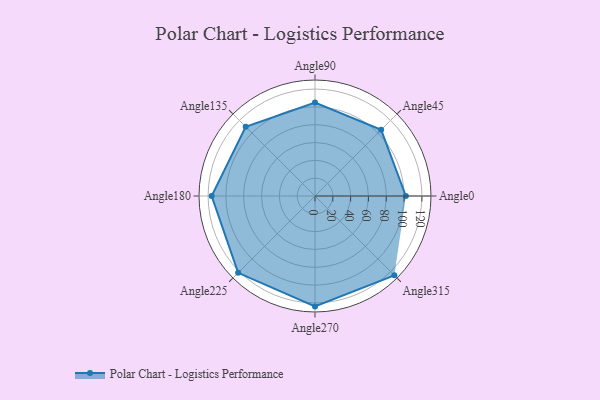
{"axis": {"x": "Angle", "y": "Radius"}, "legend": [""], "data": [{"x": "Angle0", "y": 102.0, "type": ""}, {"x": "Angle45", "y": 105.0, "type": ""}, {"x": "Angle90", "y": 105.0, "type": ""}, {"x": "Angle135", "y": 110.0, "type": ""}, {"x": "Angle180", "y": 116.0, "type": ""}, {"x": "Angle225", "y": 122.0, "type": ""}, {"x": "Angle270", "y": 124.0, "type": ""}, {"x": "Angle315", "y": 126.0, "type": ""}]}